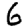
Digit: 6